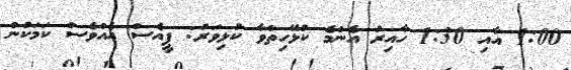
1:00 އާއި 1:30 ހާއިރު އެންމެ ކުޅޭހިތްވާ ކުޅިވަރު: ޕީއެސް އެއްވެސް ކަމަކުން